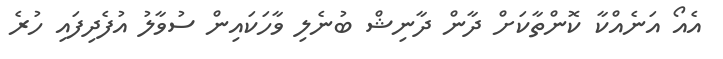
އެއޯ އަނެއްކާ ކޮންތާކަށް ދާން ދާނިޝް ބުނެލި ވާހަކައިން ސުވާލު އުފެދިފައި ހުރެ